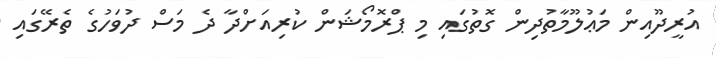
އުރީދޫއިން މަޢުލޫމާތުދިން ގޮތުގައި މި ޕްރޮމޯޝަން ކުރިއަށްދާ ދެ މަސް ދުވަހުގެ ތެރޭގައި